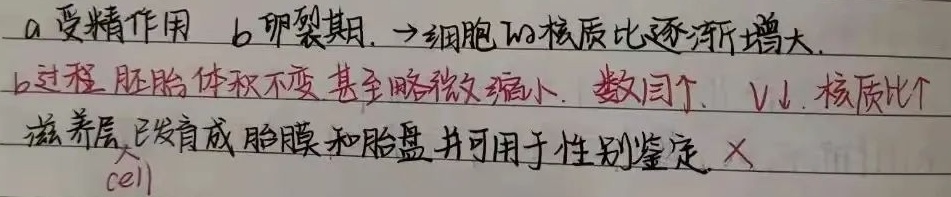
a受精作用
b卵裂期. $\to$细胞的核质比逐渐增大.b过程 胚胎体积不变,甚至略微缩小. 数目$\uparrow$, \(V\downarrow\), 核质比$\uparrow$滋养层已发育成胎膜和胎盘并可用于性别鉴定. ×(cell)